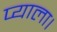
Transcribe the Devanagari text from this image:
प्याला।